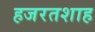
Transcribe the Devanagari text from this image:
हजरतशाह